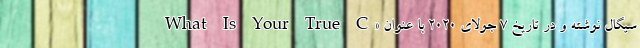
سیگال نوشته و در تاریخ ۷ جولای ۲۰۲۰ با عنوان «What Is Your True C